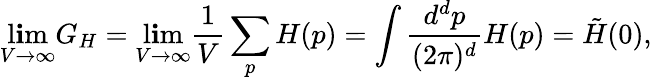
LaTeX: \operatorname*{l\mathbf{i}m}_{V\to\infty}G_{H}=\operatorname*{l\mathbf{i}m}_{V\to\infty}\frac{{1}}{{V}}\sum_{p}H(p)=\int\frac{{d^{d}p}}{{(2\pi)^{d}}}H(p)=\tilde{{H}}(0),